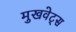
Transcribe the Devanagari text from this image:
मुखवेट्स